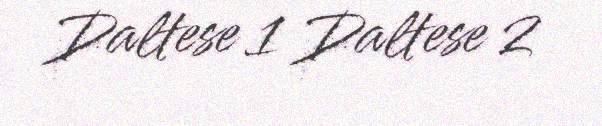
Daltese 1 Daltese 2